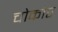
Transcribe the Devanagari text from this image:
चोकोर